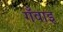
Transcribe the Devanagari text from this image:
गँवाइ